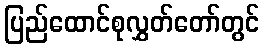
ပြည်ထောင်စုလွှတ်တော်တွင်